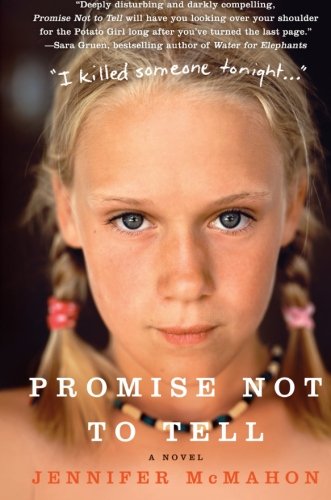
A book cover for Promise Not to Tell: A Novel; Jennifer McMahon; Mystery, Thriller & Suspense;